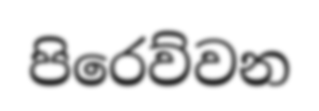
පිරෙව්වන